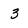
Character: 3